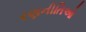
રણનીતિઓ